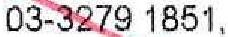
03-3279 1851,